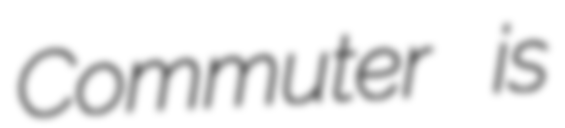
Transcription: Commuter is